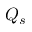
Q _ { s }